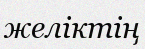
желіктің